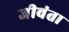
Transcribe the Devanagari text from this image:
जीवंता